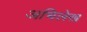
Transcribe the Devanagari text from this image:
अभिलेख